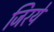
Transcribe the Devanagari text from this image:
जिरये